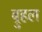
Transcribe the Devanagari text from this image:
ब्रुहल